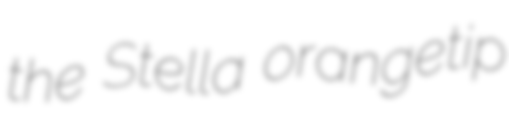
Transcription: the Stella orangetip